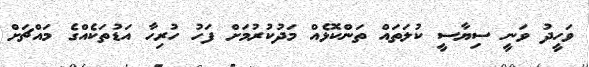
ވަހީދު ވަނީ ސިޔާސީ ކުލަތައް ތަންކޮޅެއް މަދުކުރުމަށް ފަހު ހުރިހާ އަޑުތަކެއްގެ މައްޗަށް